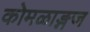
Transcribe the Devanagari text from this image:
कोमळाङ्गज